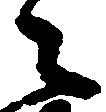
々